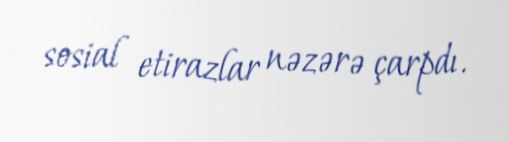
sosial etirazlar nəzərə çarpdı.